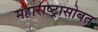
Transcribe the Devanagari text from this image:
महाराष्ट्रासोबत